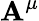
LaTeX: \mathbf{A}^{\mu}